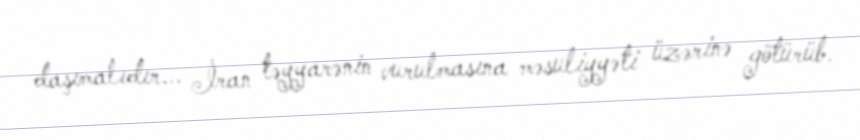
daşımalıdır... İran təyyarənin vurulmasına məsuliyyəti üzərinə götürüb.